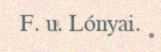
F. u. Lónyai.